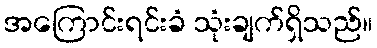
အကြောင်းရင်းခံ သုံးချက်ရှိသည်။